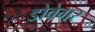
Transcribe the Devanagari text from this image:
डोवेगर